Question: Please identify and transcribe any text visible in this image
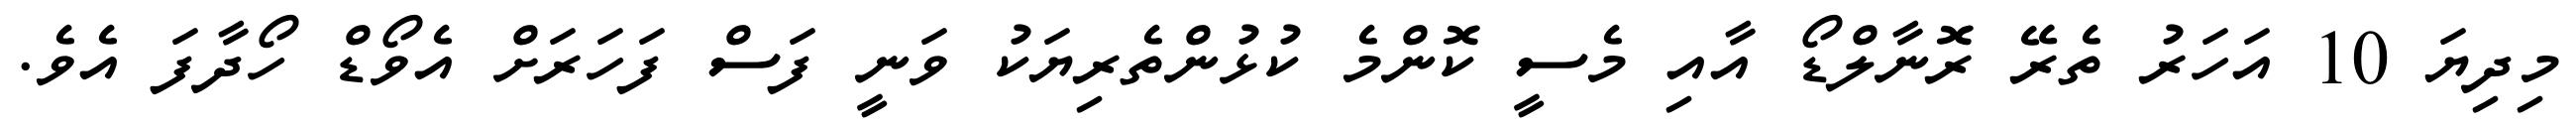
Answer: މިދިޔަ 10 އަހަރު ތެރޭ ރޮނާލްޑޯ އާއި މެސީ ކޮންމެ ކުޅުންތެރިޔަކު ވަނީ ފަސް ފަހަރަށް އެވޯޑް ހޯދާފަ އެވެ.